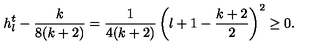
h _ { l } ^ { t } - \frac { k } { 8 ( k + 2 ) } = \frac { 1 } { 4 ( k + 2 ) } \left( l + 1 - \frac { k + 2 } { 2 } \right) ^ { 2 } \geq 0 .